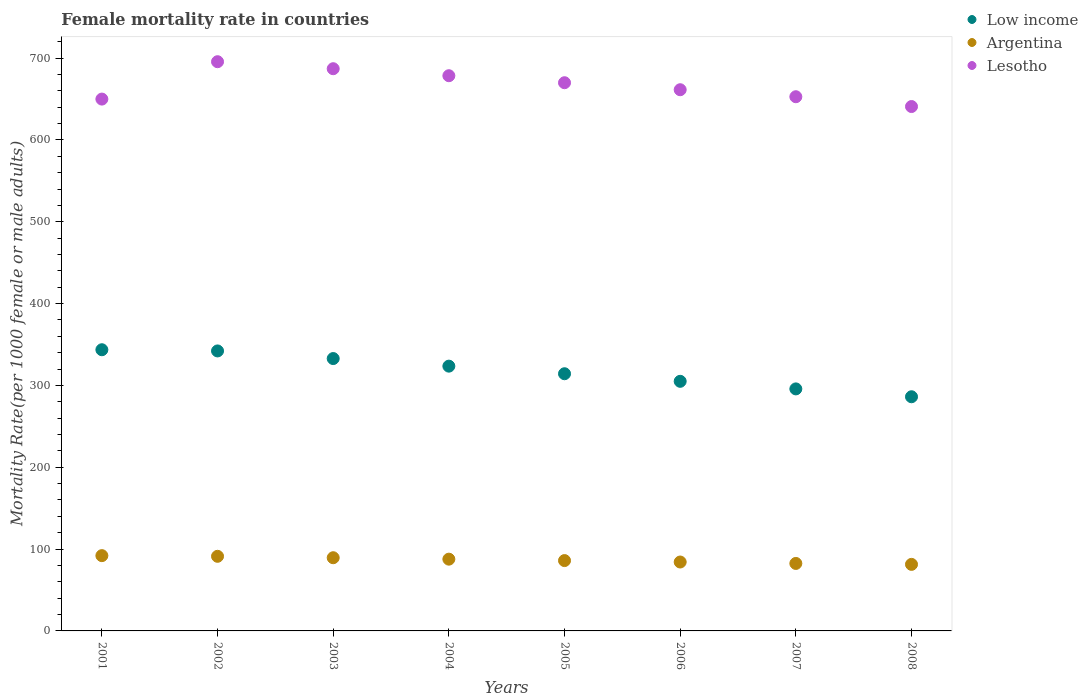
| Years | Low income | Argentina | Lesotho |
 | --- | --- | --- | --- |
 | 2001 | 344 | 92 | 650 |
 | 2002 | 342 | 91.2 | 696 |
 | 2003 | 333 | 89.4 | 687 |
 | 2004 | 324 | 87.7 | 678 |
 | 2005 | 314 | 86 | 670 |
 | 2006 | 305 | 84.2 | 661 |
 | 2007 | 296 | 82.5 | 653 |
 | 2008 | 286 | 81.3 | 641 |